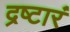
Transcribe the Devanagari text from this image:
द्रष्टारं